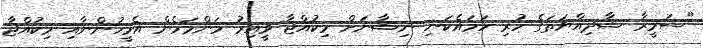
"ސަމީރާ ޝާދިއްޔަތަގެ ހުރި ހަމައެކަނި ނިޝާނަށް މިކުއްޖާ ވީއިރު މަންމަމެން އެމީހުންނާއި މިކުއްޖާ